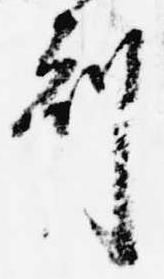
刻